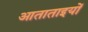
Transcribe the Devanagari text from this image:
आताताइयों